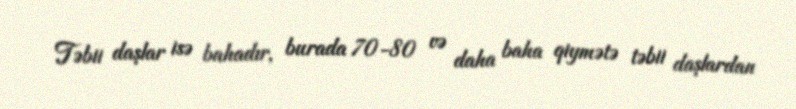
Təbii daşlar isə bahadır, burada 70-80 və daha baha qiymətə təbii daşlardan